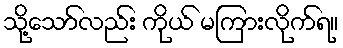
သို့သော်လည်း ကိုယ် မကြားလိုက်ရ။